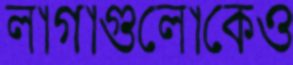
লাগাগুলোকেও